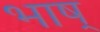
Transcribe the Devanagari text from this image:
भाष्